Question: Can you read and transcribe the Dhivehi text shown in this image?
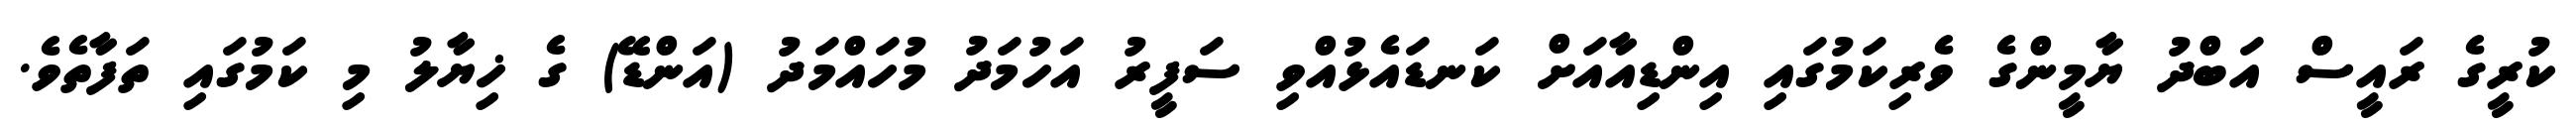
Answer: ކުރީގެ ރައީސް އަބްދު ޔާމީންގެ ވެރިކަމުގައި އިންޑިއާއަށް ކަނޑައެޅުއްވި ސަފީރު އަހުމަދު މުހައްމަދު (އަންޑޭ) ގެ ޚިޔާލު މި ކަމުގައި ތަފާތެވެ.